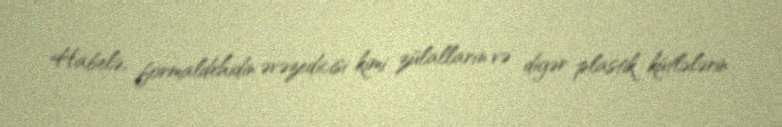
Habelə, formaldehidin əvəzedicisi kimi zülalların və digər plastik kütlələrin